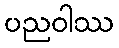
ပညဝါဿ